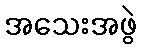
အသေးအဖွဲ